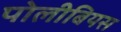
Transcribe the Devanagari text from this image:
पोलीबियस